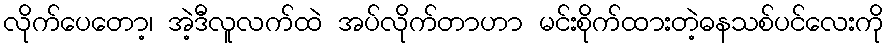
လိုက်ပေတော့၊ အဲ့ဒီလူလက်ထဲ အပ်လိုက်တာဟာ မင်းစိုက်ထားတဲ့ဓနသစ်ပင်လေးကို